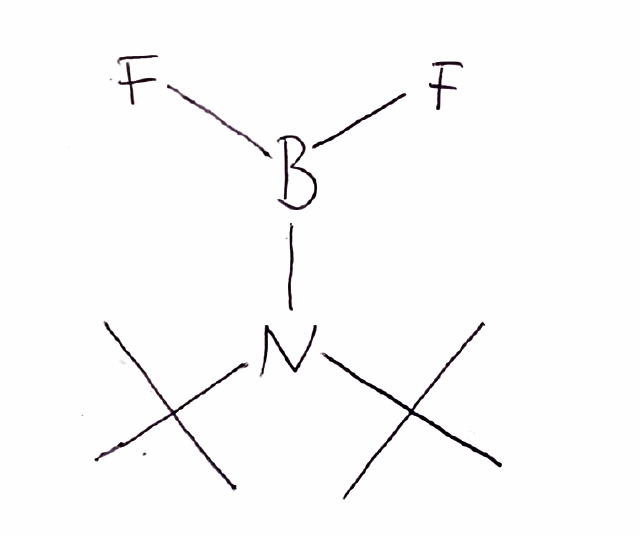
Simplified molecular-input line-entry system (SMILES) notation of the given molecule:
B(N(C(C)(C)C)C(C)(C)C)(F)F